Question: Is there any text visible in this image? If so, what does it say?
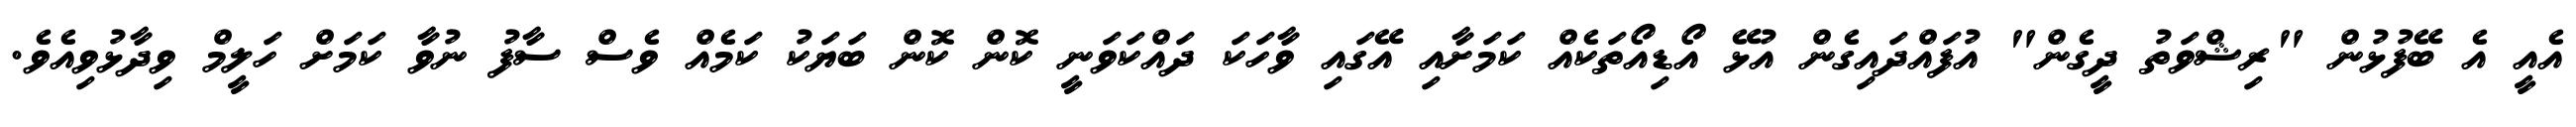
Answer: އެއީ އެ ބޭފުޅުން "ރިޝްވަތު ދީގެން" އުފައްދައިގެން އުޅޭ އޯޑިއޯތަކެއް ކަމަށާއި އޭގައި ވާހަކަ ދައްކަވަނީ ކޮން ކޮން ބަޔަކު ކަމެއް ވެސް ސާފު ނުވާ ކަމަށް ހަލީމް ވިދާޅުވިއެވެ.